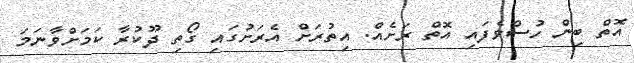
އޮތް ބިން ހުސްވެފައި އޮތް ރަށެއް. އިތުރަށް އެރަށުގައި ގޯތި ދޫކުރާ ކަމަށްވާނަމަ